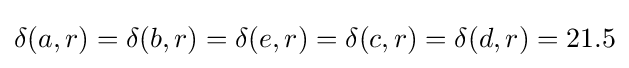
\delta (a,r)=\delta (b,r)=\delta (e,r)=\delta (c,r)=\delta (d,r)=21.5